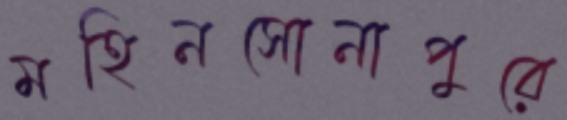
মহিনসোনাপুরে